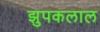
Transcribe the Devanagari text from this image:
झुपकलाल